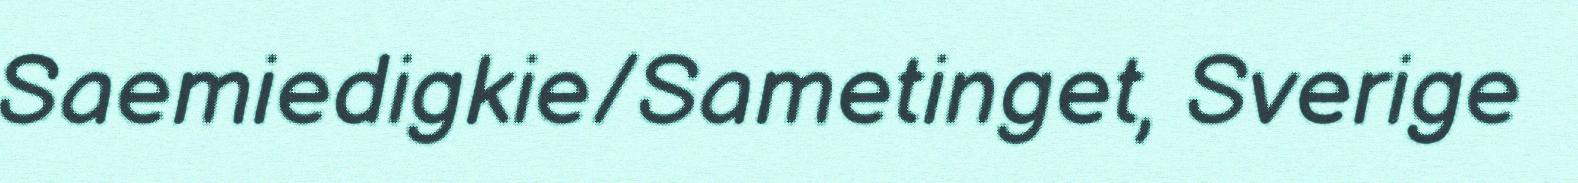
Saemiedigkie/Sametinget, Sverige